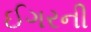
ઈગરની